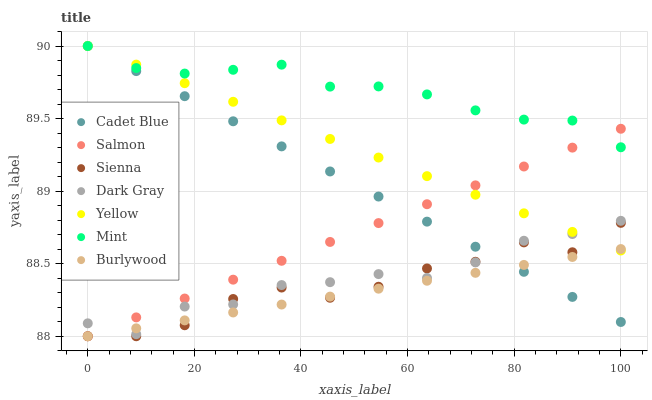
| xaxis_label | Cadet Blue | Salmon | Sienna | Dark Gray | Yellow | Mint | Burlywood |
 | --- | --- | --- | --- | --- | --- | --- | --- |
 | 0 | 90 | 88 | 88 | 88.1 | 90 | 90 | 88 |
 | 9.09 | 89.8 | 88.1 | 88 | 88 | 89.9 | 89.8 | 88.1 |
 | 18.2 | 89.7 | 88.3 | 88.1 | 88.2 | 89.7 | 89.8 | 88.1 |
 | 27.3 | 89.5 | 88.4 | 88.3 | 88.2 | 89.6 | 89.8 | 88.2 |
 | 36.4 | 89.3 | 88.5 | 88.3 | 88.4 | 89.5 | 89.9 | 88.2 |
 | 45.5 | 89.1 | 88.6 | 88.3 | 88.4 | 89.4 | 89.7 | 88.3 |
 | 54.5 | 89 | 88.8 | 88.3 | 88.4 | 89.2 | 89.7 | 88.3 |
 | 63.6 | 88.8 | 88.9 | 88.5 | 88.4 | 89.1 | 89.7 | 88.4 |
 | 72.7 | 88.6 | 89 | 88.5 | 88.5 | 89 | 89.6 | 88.4 |
 | 81.8 | 88.4 | 89.2 | 88.6 | 88.7 | 88.8 | 89.5 | 88.5 |
 | 90.9 | 88.3 | 89.3 | 88.6 | 88.7 | 88.7 | 89.5 | 88.5 |
 | 100 | 88.1 | 89.4 | 88.8 | 88.8 | 88.6 | 89.3 | 88.6 |